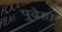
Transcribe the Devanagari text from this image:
पुढेहा